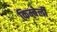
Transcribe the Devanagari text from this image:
किम्बेर्ली